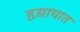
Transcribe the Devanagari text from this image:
हृद्याघात